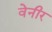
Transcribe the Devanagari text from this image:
वेनीर